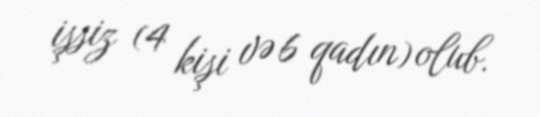
işsiz (4 kişi və 6 qadın) olub.